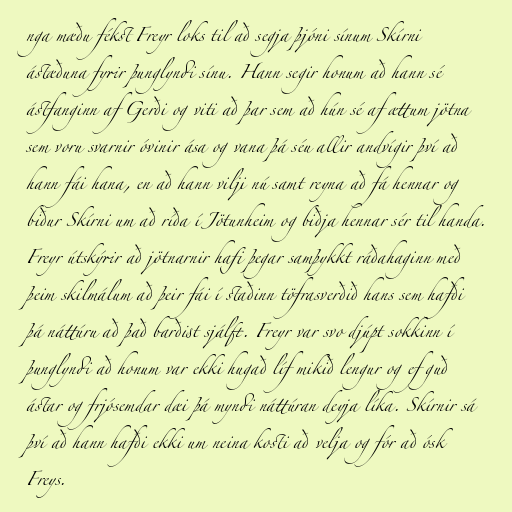
nga mæðu fékst Freyr loks til að segja þjóni sínum Skírni
ástæðuna fyrir þunglyndi sínu. Hann segir honum að hann sé
ástfanginn af Gerði og viti að þar sem að hún sé af ættum jötna
sem voru svarnir óvinir ása og vana þá séu allir andvígir því að
hann fái hana, en að hann vilji nú samt reyna að fá hennar og
biður Skírni um að ríða í Jötunheim og biðja hennar sér til handa.
Freyr útskýrir að jötnarnir hafi þegar samþykkt ráðahaginn með
þeim skilmálum að þeir fái í staðinn töfrasverðið hans sem hafði
þá náttúru að það barðist sjálft. Freyr var svo djúpt sokkinn í
þunglyndi að honum var ekki hugað líf mikið lengur og ef guð
ástar og frjósemdar dæi þá myndi náttúran deyja líka. Skírnir sá
því að hann hafði ekki um neina kosti að velja og fór að ósk
Freys.